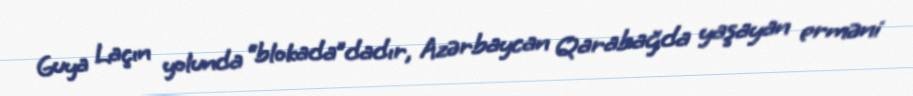
Guya Laçın yolunda “blokada”dadır, Azərbaycan Qarabağda yaşayan erməni